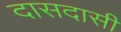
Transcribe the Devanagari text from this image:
दासदासी